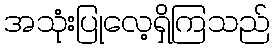
အသုံးပြုလေ့ရှိကြသည်